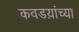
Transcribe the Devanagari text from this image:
कवडय़ांच्या